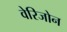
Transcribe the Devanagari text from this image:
वेरिजोन